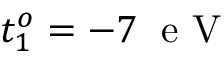
t _ { 1 } ^ { o } = - 7 \; \mathrm { ~ e ~ V ~ }